Indian Civil Veterinary Department memoirs
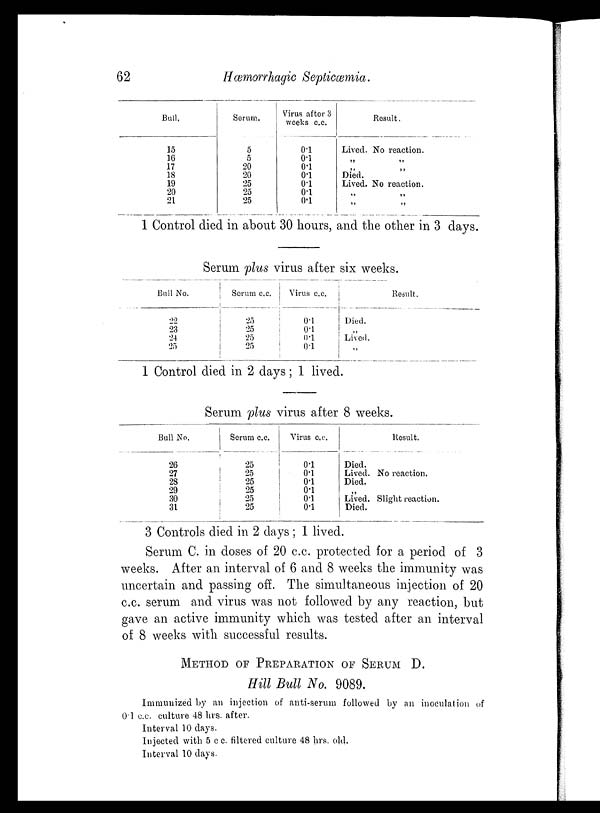
62
Hæmorrhagic Septicæmia.
Bull.
15
16
17
18
19
20
21
Serum.
5
5
20
20
25
25
25
Virus after 3
weeks c.c.
0.1
0.1
0.1
0.1
0.1
0.1
0.1
Result.
Lived. No reaction.
„ „
„ „
Died.
Lived. No reaction.
„
„
„ „
1 Control died in about 30 hours, and the other in 3 days.
Serum plus virus after six weeks.
Bull No.
22
23
24
25
Serum c.c.
25
25
25
25
Virus c.c.
0.1
0.1
0.1
0.1
Died.
„
Lived.
„
Result.
1 Control died in 2 days; 1 lived.
Serum plus virus after 8 weeks.
Bull No.
26
27
28
29
30
31
Serum c.c.
25
25
25
25
25
25
Virus c.c.
0.1
0.1
0.1
0.1
0.1
0.1
Died.
Lived.
Died.
„
Lived.
Died.
Result.
No reaction.
Slight reaction.
3 Controls died in 2 days ; 1 lived.
Serum C. in doses of 20 c.c. protected for a period of 3
weeks. After an interval of 6 and 8 weeks the immunity was
uncertain and passing off. The simultaneous injection of 20
c.c. serum and virus was not followed by any reaction, but
gave an active immunity which was tested after an interval
of 8 weeks with successful results.
METHOD OF PREPARATION OF SERUM D.
Hill Bull No. 9089.
Immunized by an injection of anti-serum followed by an inoculation of
0.1 c.c. culture 48 hrs. after.
Interval 10 days.
Injected with 5 c.c. filtered culture 48 hrs. old.
Interval 10 days.